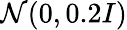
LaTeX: \mathcal{N}(0,0.2I)